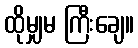
ထိုမျှမ ကြီးချေ။